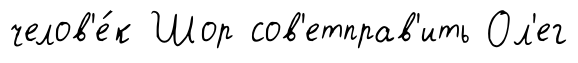
челов'е́к Шор сов'етправ'ить Ол'ег